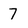
Character: 7